Jaan_Tonisson_(Lasteleht), lk 326
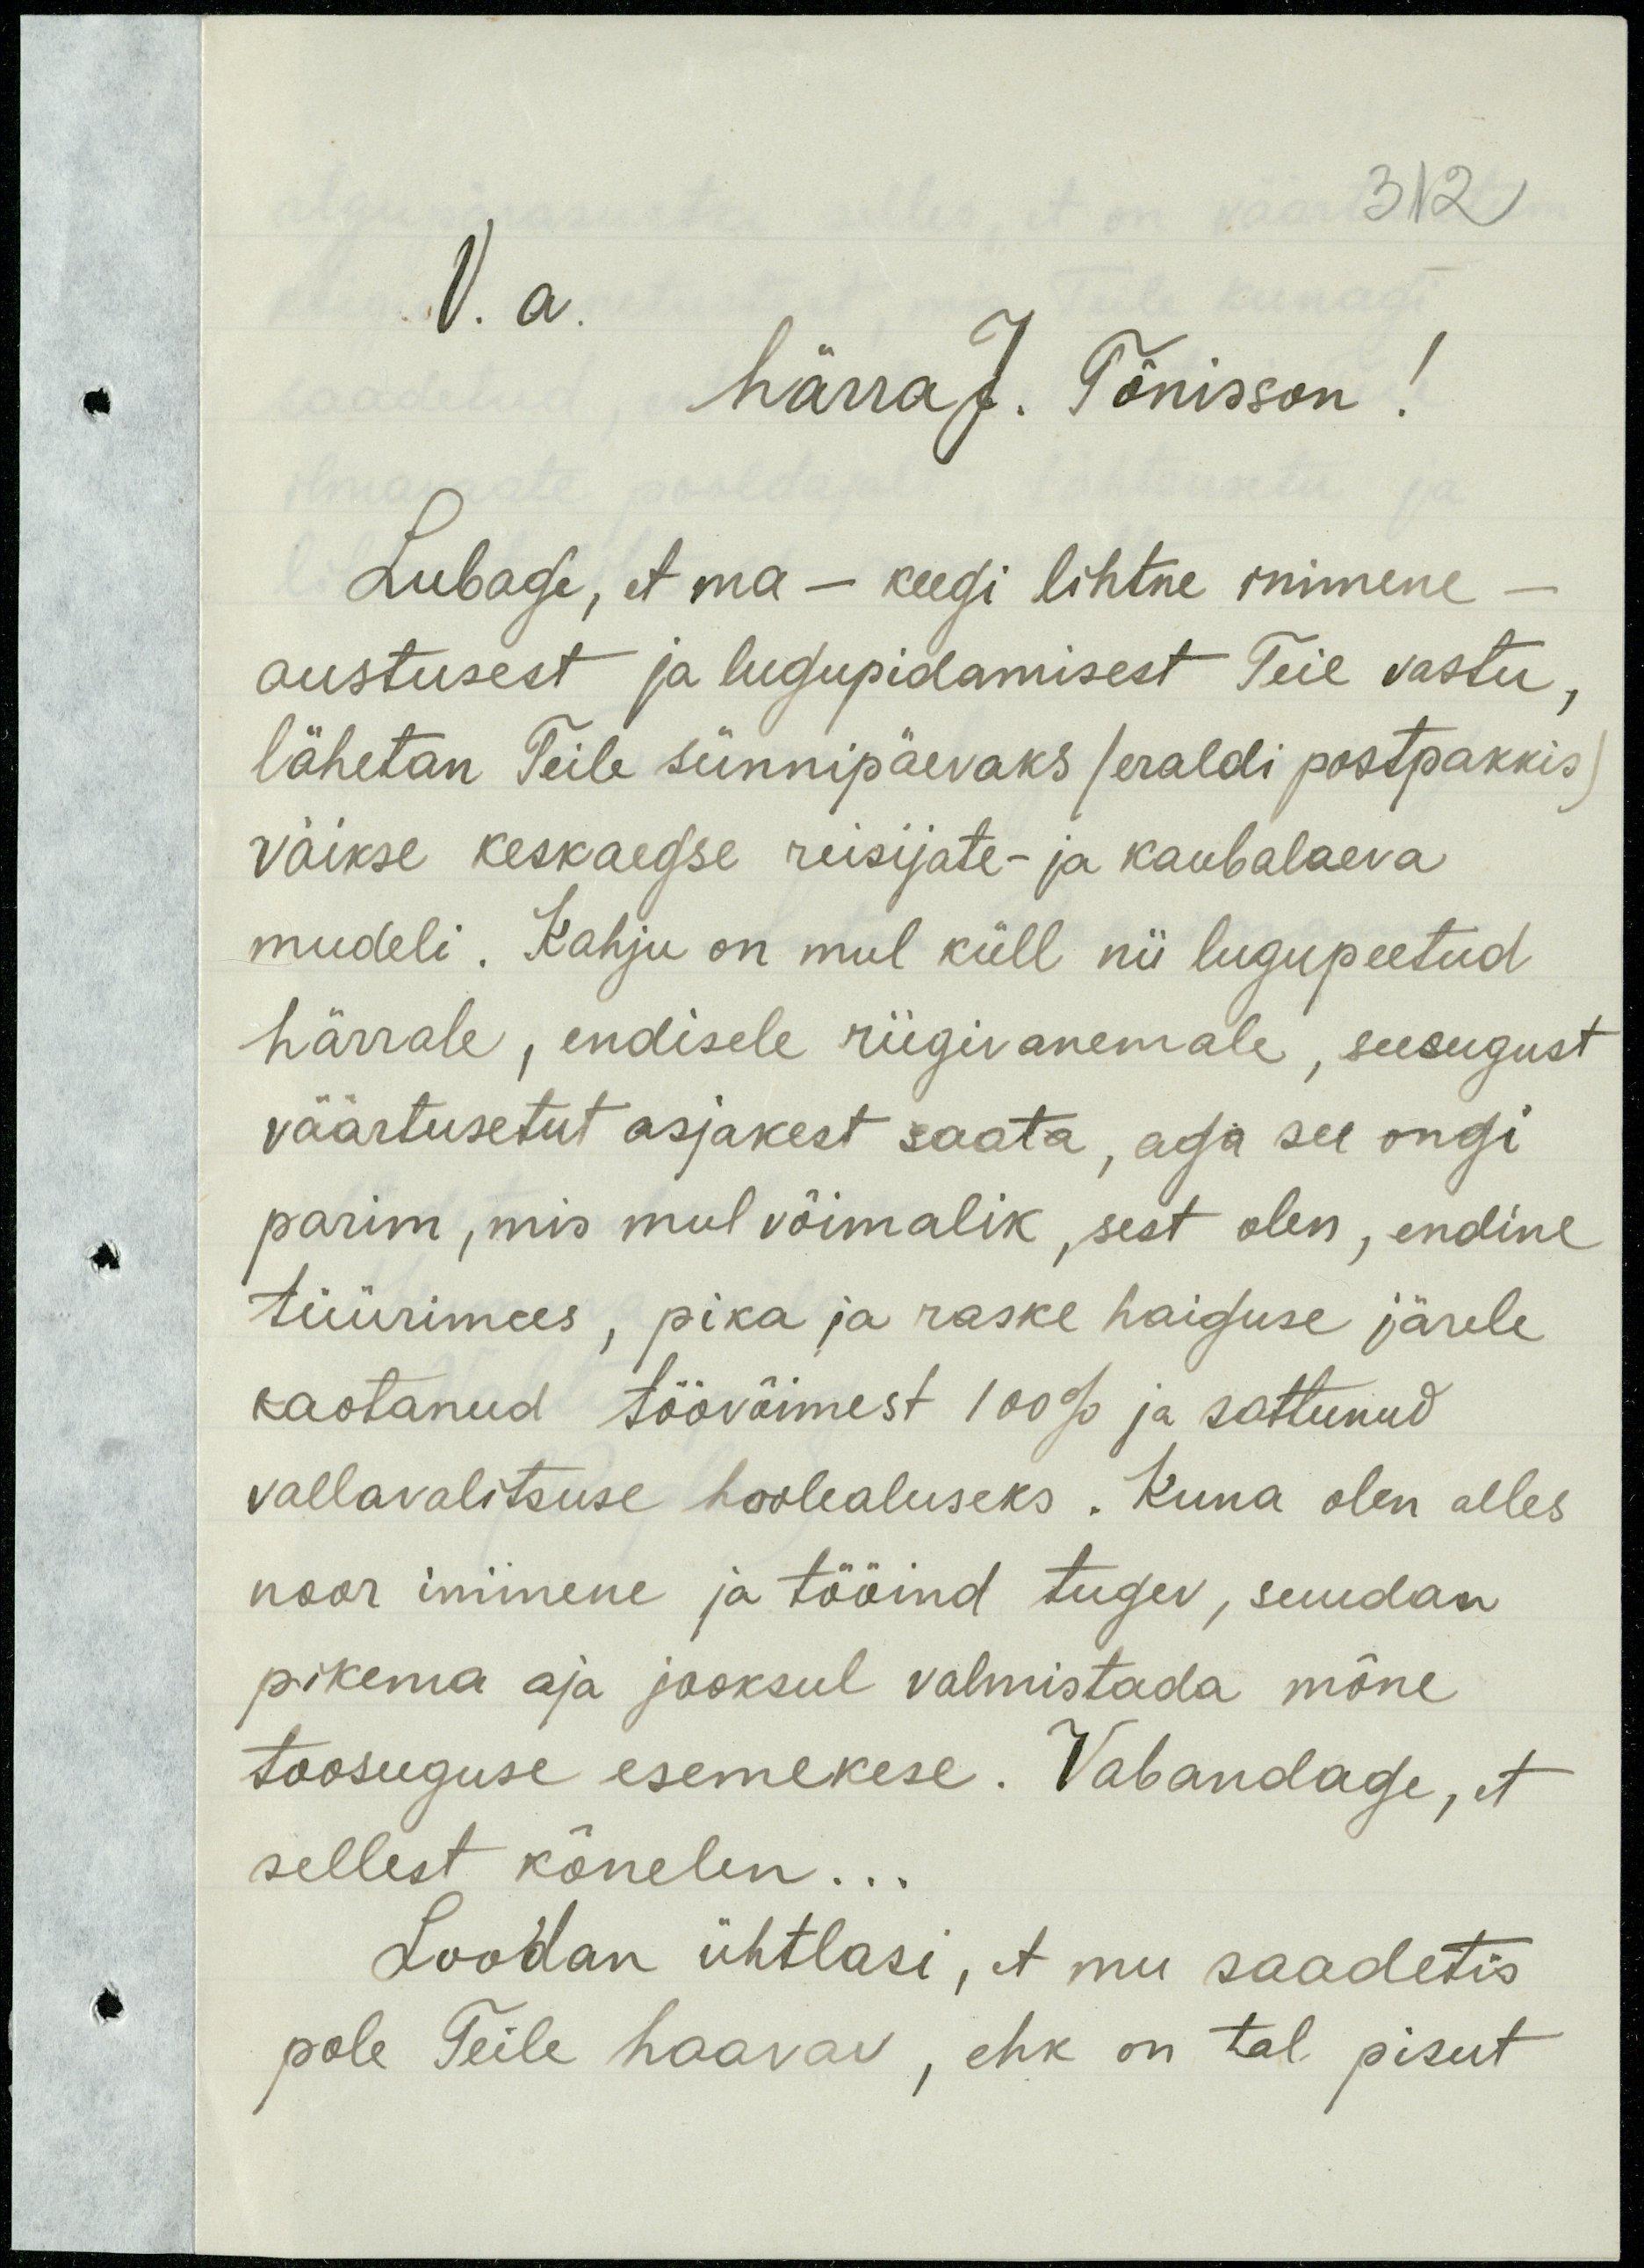
3121
V. a.
härra J. Tõnisson!
Lubage, et ma - keegi lihtne inimene
austusest ja lugupidamisest Teie vastu,
lähetan Teile sünnipäevaks (eraldi postpakkis)
väikse keskaegse reisijate- ja kaubalaeva
mudeli. Kahju on mul küll nii lugupeetud
härrale, endisele riigivanemale, seesugust
väärtusetut asjakest saata, aga see ongi
parim, mis mul võimalik, sest olen, endine
tüürimees, pika ja raske haiguse järele
kaotanud töövõimest 100% ja sattunud
vallavalitsuse hoolealuseks. Kuna olen alles
noor inimene ja tööind tugev, suudan
pikema aja jooksul valmistada mõne
toosuguse esemekese. Vabandage, et
sellest kõnelen...
Loodan ühtlasi, et mu saadetis
pole Teile haavav, ehk on tal pisut,